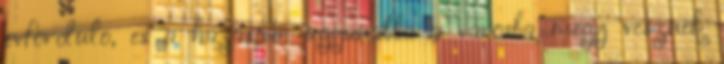
evfordulo, es a hazaspar ugyanabba a varosba megy vesznek